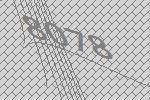
8078